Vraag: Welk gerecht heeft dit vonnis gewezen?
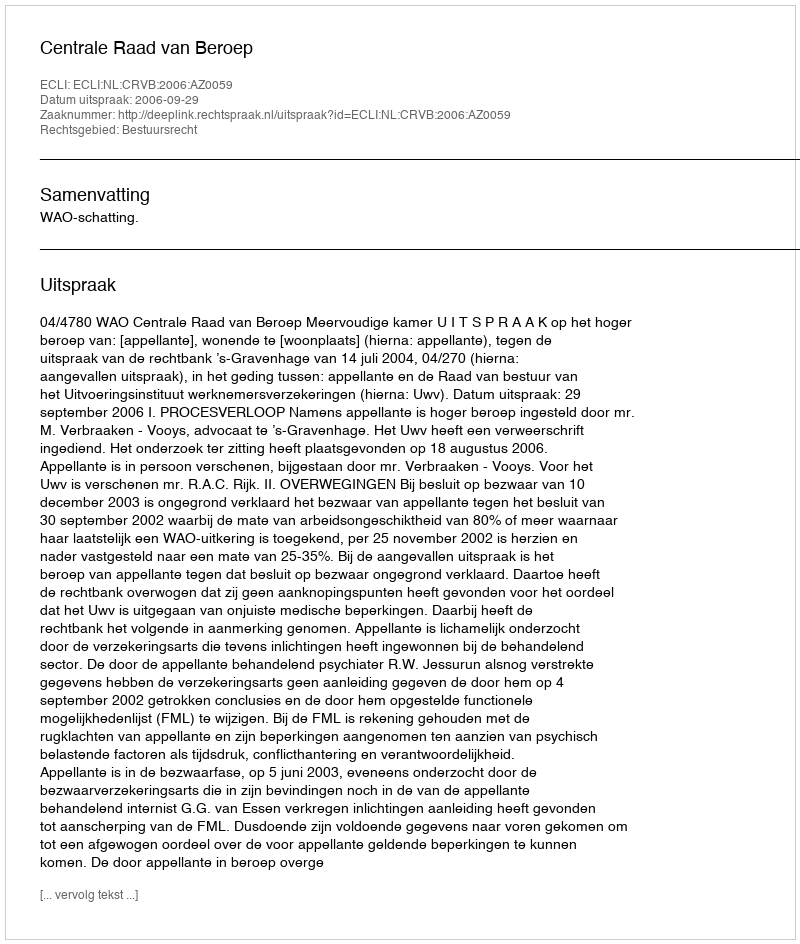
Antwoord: Centrale Raad van Beroep